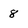
Character: 8